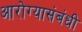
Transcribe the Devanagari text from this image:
आरोग्यासंबंधी